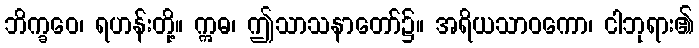
ဘိက္ခဝေ၊ ရဟန်းတို့။ ဣဓ၊ ဤသာသနာတော်၌။ အရိယသာဝကော၊ ငါဘုရား၏